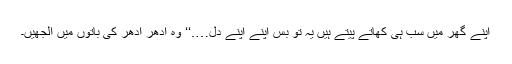
اپنے گھر میں سب ہی کھاتے پیتے ہیں یہ تو بس اپنے اپنے دل….‘‘ وہ اِدھر اُدھر کی باتوں میں الجھیں۔